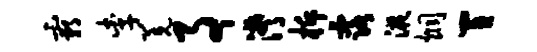
霸李羌事潸柝露液炯置